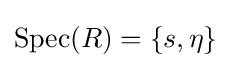
\operatorname {Spec} (R)=\{s,\eta \}